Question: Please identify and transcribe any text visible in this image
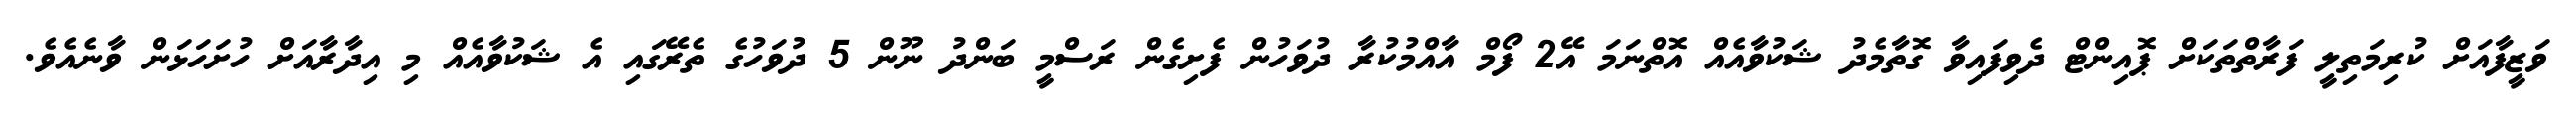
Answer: ވަޒީފާއަށް ކުރިމަތިލީ ފަރާތްތަކަށް ޕޮއިންޓް ދެވިފައިވާ ގޮތާމެދު ޝަކުވާއެއް އޮތްނަމަ އޭ2 ފޯމް އާއްމުކުރާ ދުވަހުން ފެށިގެން ރަސްމީ ބަންދު ނޫން 5 ދުވަހުގެ ތެރޭގައި އެ ޝަކުވާއެއް މި އިދާރާއަށް ހުށަހަޅަން ވާނެއެވެ.